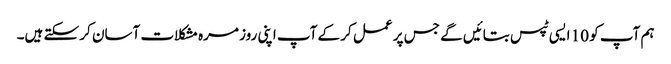
ہم آپ کو 10 ایسی ٹپس بتائیں گے جس پر عمل کر کے آپ اپنی روز مرہ مشکلات آسان کر سکتے ہیں۔